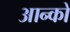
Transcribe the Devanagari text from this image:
आन्को